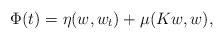
LaTeX: \begin{align*}\Phi(t)=\eta (w,w_t)+\mu (Kw,w),\end{align*}